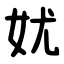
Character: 㚭